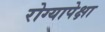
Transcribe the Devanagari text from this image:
रोग्यापेक्षा